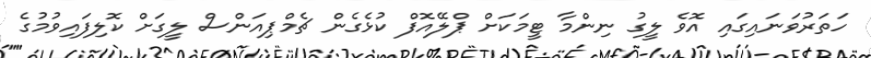
ހަތަރުވަނައިގައި އޮވެ ލީގު ނިންމާ ޓީމަަކަށް ޕްލޭއޮފް ކުޅެގެން ޗެމްޕިއަންސް ލީގަށް ކޮލިފައިވުމުގެ